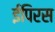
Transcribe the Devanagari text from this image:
ईपिरस